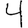
Digit: 4